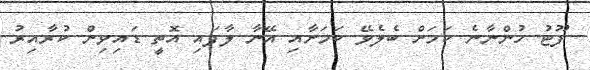
ފޫޓު ހުންނާނެ ކަމަށް ބެލެވޭ ކަމަށާއި އޭނާ ލާފައި އޮތީ ޑައިވިން ކުރާއިރު